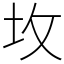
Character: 坆